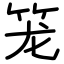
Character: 笼